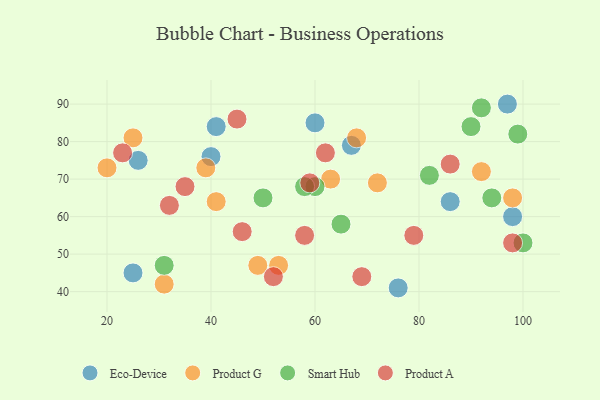
{"axis": {"x": "GDP", "y": "Life Expectancy"}, "legend": ["Eco-Device", "Product A", "Product G", "Smart Hub"], "data": [{"x": "76", "y": 41, "type": "Eco-Device"}, {"x": "41", "y": 84, "type": "Eco-Device"}, {"x": "97", "y": 90, "type": "Eco-Device"}, {"x": "26", "y": 75, "type": "Eco-Device"}, {"x": "86", "y": 64, "type": "Eco-Device"}, {"x": "60", "y": 85, "type": "Eco-Device"}, {"x": "98", "y": 60, "type": "Eco-Device"}, {"x": "67", "y": 79, "type": "Eco-Device"}, {"x": "25", "y": 45, "type": "Eco-Device"}, {"x": "40", "y": 76, "type": "Eco-Device"}, {"x": "98", "y": 65, "type": "Product G"}, {"x": "25", "y": 81, "type": "Product G"}, {"x": "68", "y": 81, "type": "Product G"}, {"x": "72", "y": 69, "type": "Product G"}, {"x": "41", "y": 64, "type": "Product G"}, {"x": "20", "y": 73, "type": "Product G"}, {"x": "39", "y": 73, "type": "Product G"}, {"x": "31", "y": 42, "type": "Product G"}, {"x": "92", "y": 72, "type": "Product G"}, {"x": "63", "y": 70, "type": "Product G"}, {"x": "49", "y": 47, "type": "Product G"}, {"x": "53", "y": 47, "type": "Product G"}, {"x": "90", "y": 84, "type": "Smart Hub"}, {"x": "60", "y": 68, "type": "Smart Hub"}, {"x": "82", "y": 71, "type": "Smart Hub"}, {"x": "92", "y": 89, "type": "Smart Hub"}, {"x": "99", "y": 82, "type": "Smart Hub"}, {"x": "58", "y": 68, "type": "Smart Hub"}, {"x": "65", "y": 58, "type": "Smart Hub"}, {"x": "31", "y": 47, "type": "Smart Hub"}, {"x": "50", "y": 65, "type": "Smart Hub"}, {"x": "100", "y": 53, "type": "Smart Hub"}, {"x": "94", "y": 65, "type": "Smart Hub"}, {"x": "79", "y": 55, "type": "Product A"}, {"x": "62", "y": 77, "type": "Product A"}, {"x": "23", "y": 77, "type": "Product A"}, {"x": "98", "y": 53, "type": "Product A"}, {"x": "86", "y": 74, "type": "Product A"}, {"x": "45", "y": 86, "type": "Product A"}, {"x": "32", "y": 63, "type": "Product A"}, {"x": "58", "y": 55, "type": "Product A"}, {"x": "35", "y": 68, "type": "Product A"}, {"x": "52", "y": 44, "type": "Product A"}, {"x": "46", "y": 56, "type": "Product A"}, {"x": "59", "y": 69, "type": "Product A"}, {"x": "69", "y": 44, "type": "Product A"}]}